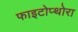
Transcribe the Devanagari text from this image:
फाइटोप्थोरा